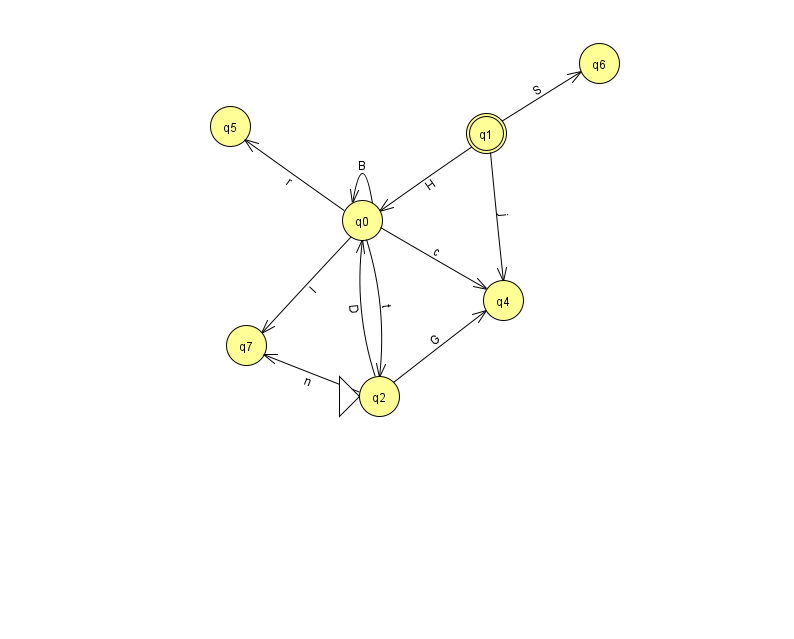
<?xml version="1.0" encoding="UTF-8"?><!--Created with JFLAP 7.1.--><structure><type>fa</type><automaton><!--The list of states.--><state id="0" name="q0"><x>362.0</x><y>207.0</y></state><state id="1" name="q1"><x>486.0</x><y>120.0</y><final/></state><state id="2" name="q2"><x>379.0</x><y>383.0</y><initial/></state><state id="4" name="q4"><x>503.0</x><y>287.0</y></state><state id="5" name="q5"><x>230.0</x><y>113.0</y></state><state id="6" name="q6"><x>599.0</x><y>50.0</y></state><state id="7" name="q7"><x>246.0</x><y>332.0</y></state><!--The list of transitions.--><transition><from>0</from><to>5</to><read>r</read></transition><transition><from>0</from><to>0</to><read>B</read></transition><transition><from>0</from><to>4</to><read>c</read></transition><transition><from>2</from><to>7</to><read>n</read></transition><transition><from>1</from><to>0</to><read>H</read></transition><transition><from>0</from><to>7</to><read>I</read></transition><transition><from>1</from><to>4</to><read>j</read></transition><transition><from>1</from><to>6</to><read>S</read></transition><transition><from>0</from><to>2</to><read>t</read></transition><transition><from>2</from><to>0</to><read>D</read></transition><transition><from>2</from><to>4</to><read>G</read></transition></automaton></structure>